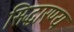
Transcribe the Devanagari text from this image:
सिद्धारण्य